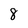
Character: 8